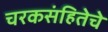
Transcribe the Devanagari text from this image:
चरकसंहितेचे